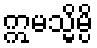
ဣမသ္မိမ္ပိ